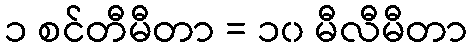
၁ စင်တီမီတာ = ၁၀ မီလီမီတာ